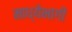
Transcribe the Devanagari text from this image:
माध्येभागी